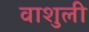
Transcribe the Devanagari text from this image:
वाशुली